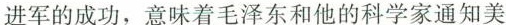
进军的成功，意味着毛泽东和他的科学家通知美